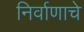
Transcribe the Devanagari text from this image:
निर्वाणाचे